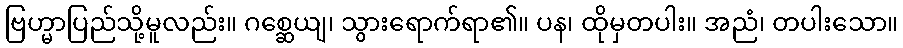
ဗြဟ္မာပြည်သို့မူလည်း။ ဂစ္ဆေယျ၊ သွားရောက်ရာ၏။ ပန၊ ထိုမှတပါး။ အညံ၊ တပါးသော။